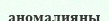
аномалияны